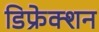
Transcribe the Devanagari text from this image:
डिफ्रेक्शन